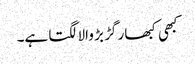
کبھی کبھار گڑ بڑ والا لگتا ہے۔